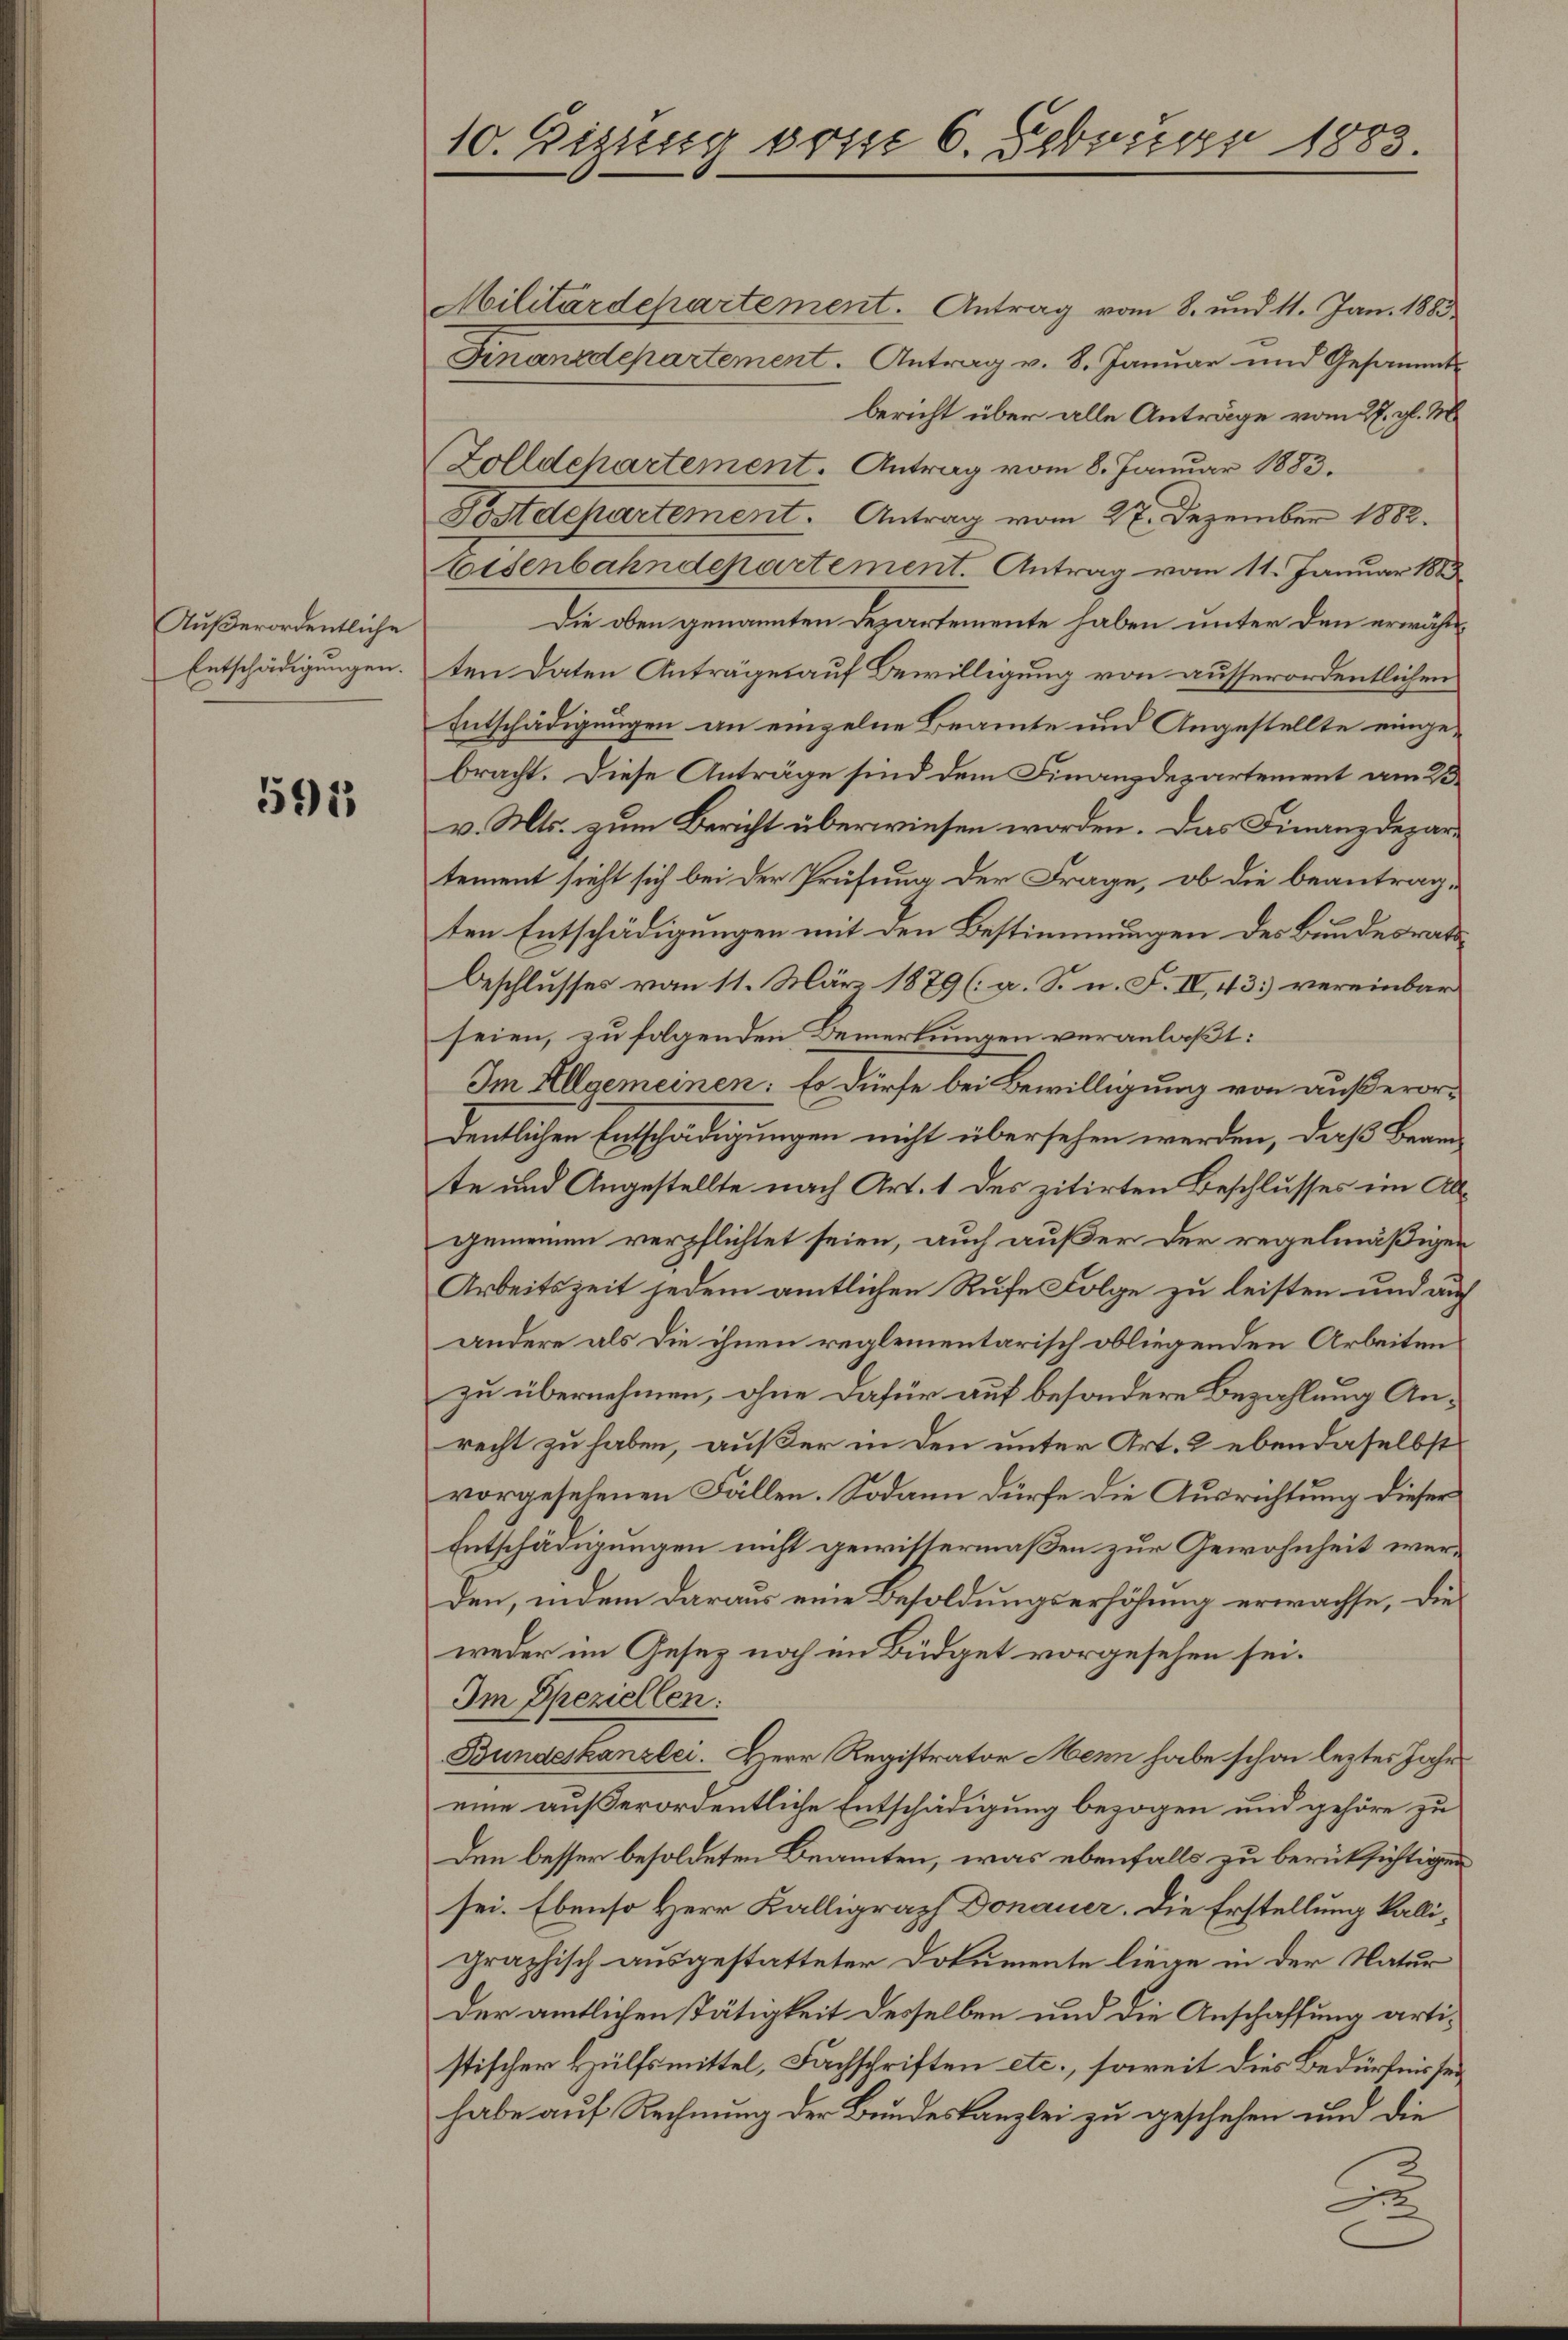
Außerordentliche
Entschädigungen.

591

10. Zizung vom 6. Februar 1883.

Militärdepartement. Antrag vom 8. und 11. Jan. 1883
Finanzdepartement. Antrag v. 8. Januar und Gesammt-
bericht über alle Anträge vom 27. gl. M
Zolldepartement. Antrag vom 8. Januar 1883.
Postdepartement. Antrag vom 27. Dezember 1882.
Eisenbahndepartement. Antrag vom 11. Januar 1883
Die oben genannten Departemente haben unter den erwähnten Daten Anträgen auf Bewilligung von ausserordentlichen
Entschädigungen an einzelne Beamte und Angestellte eingebracht. Diese Anträge sind dem Finanzdepartement am 23.
v. Mts. zum Bericht überwiesen worden. Das Finanzdepartement sieht sich bei der Prüfung der Frage, ob die beantrag-
ten Entschädigungen mit den Bestimmungen des Bundesrats¬
Beschlusses vom 11. März 1879 (: a. S. n. F. IV, 43) vereinbar
seien, zu folgenden Bemerkungen veranlaßt:
Im Allgemeinen: Es dürfe bei Bewilligung von außerordentlichen Entschädigungen nicht übersehen werden, daß Beamte und Angestellte nach Art. 1 des zitirten Beschlusses im Algemeinen verpflichtet seien, auch außer der regelmäßigen
Arbeitszeit jedem amtlichen Rufe Folge zu leisten und auf
andere als die ihnen reglementarisch obliegenden Arbeiten
zu übernehmen, ohne dafür auf besondere Bezahlung Anrecht zu haben, außer in den unter Art. 2 ebendaselbst
vorgesehenen Fällen. Sodann dürfe die Ausrichtung dieser
Entschädigungen nicht gewistermaßen zur Gewohnheit werden, indem daraus eine Besoldungserhöhung erwachse, die
weder im Gesez noch im Büdget vorgesehen sei.
Im Speziellen:
Bundeskanzlei. Herr Registrator Menn habe schon lezter Jahr
eine außerordentliche Entschädigung bezogen und gehöre zu
Den besser besoldeten Beamten, was ebenfalls zu berüksichtigen
sei. Ebenso Herr Kalligraph Donauer. Die Erstellung kalligraphisch ausgestatteter Dokumente liege in der Natur
Der amtlichen Tätigkeit desselben und die Anschaffung artistischer Hülfsmittel, Fachschriften etc., soweit dies Bedürfnis sei
habe auf Rechnung der Bundeskanzlei zu geschehen und die
t